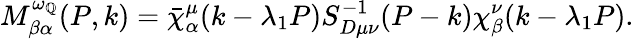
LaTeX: M_{\beta\alpha}^{\omega_{\mathbb{Q}}}(P,k)=\bar{{\chi}}_{\alpha}^{\mu}(k-\lambda_{1}P)S_{D\mu\nu}^{-1}(P-k)\chi_{\beta}^{\nu}(k-\lambda_{1}P).